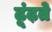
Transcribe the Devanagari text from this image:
ढ़ूंढ़ते